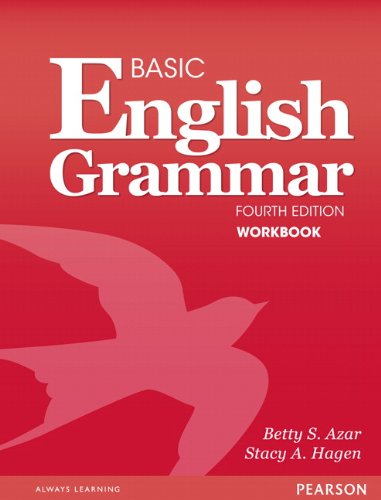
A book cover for Basic English Grammar Workbook; Betty S. Azar; Reference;